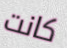
كانت